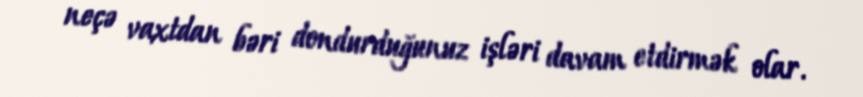
neçə vaxtdan bəri dondurduğunuz işləri davam etdirmək olar.